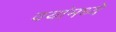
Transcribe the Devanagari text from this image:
वयांमध्ये